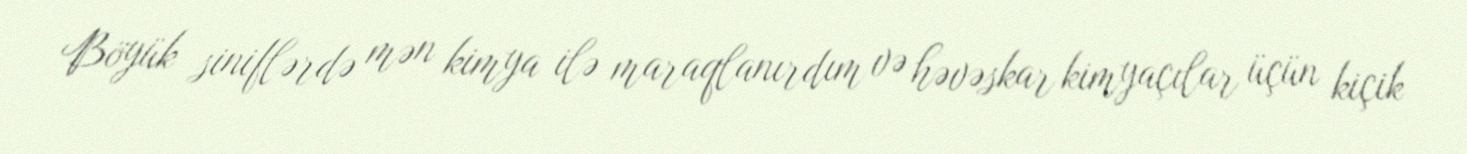
Böyük siniflərdə mən kimya ilə maraqlanırdım və həvəskar kimyaçılar üçün kiçik